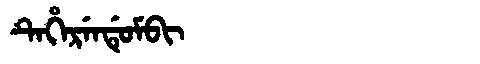
Manchu: ᡨᡝᡥᡝᡵᡝᠨᡩᡠᠮᠪᡳ
Romanization: TEHERENDUMBI